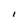
Character: l